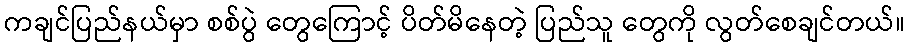
ကချင်ပြည်နယ်မှာ စစ်ပွဲ တွေကြောင့် ပိတ်မိနေတဲ့ ပြည်သူ တွေကို လွတ်စေချင်တယ်။